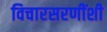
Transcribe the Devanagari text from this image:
विचारसरणींशी